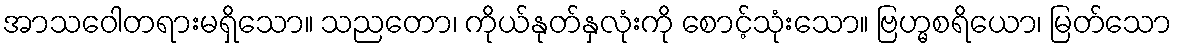
အာသဝေါတရားမရှိသော။ သညတော၊ ကိုယ်နုတ်နှလုံးကို စောင့်သုံးသော။ ဗြဟ္မစရိယော၊ မြတ်သော